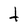
Character: t